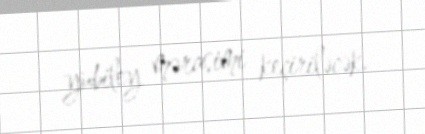
yubiley mərasimi keçiriləcək.